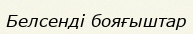
Белсенді бояғыштар